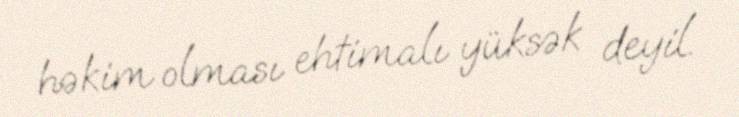
həkim olması ehtimalı yüksək deyil.